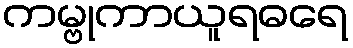
ကမ္ဗုကာယူရဓရေ